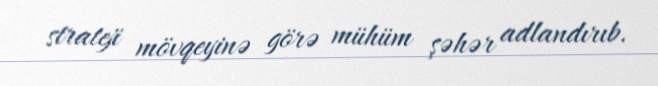
strateji mövqeyinə görə mühüm şəhər adlandırıb.